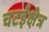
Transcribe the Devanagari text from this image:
चटईक्षेत्र